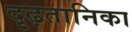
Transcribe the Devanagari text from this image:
दृढ़तानिका